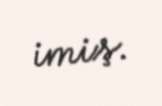
imiş.